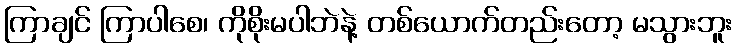
ကြာချင် ကြာပါစေ၊ ကိုစိုးမပါဘဲနဲ့ တစ်ယောက်တည်းတော့ မသွားဘူး